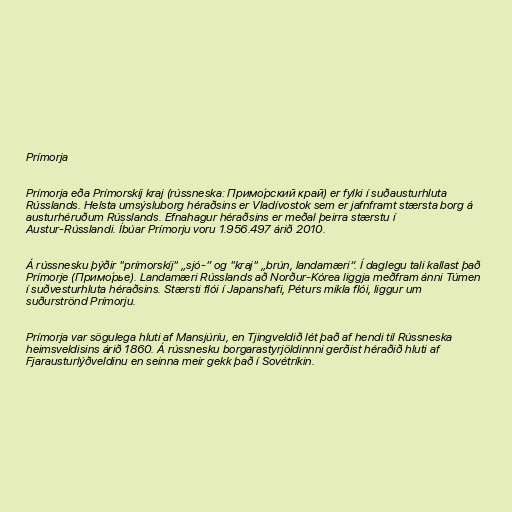
Prímorja

Prímorja eða Prímorskíj kraj (rússneska: Примо́рский край) er fylki í suðausturhluta
Rússlands. Helsta umsýsluborg héraðsins er Vladívostok sem er jafnframt stærsta borg á
austurhéruðum Rússlands. Efnahagur héraðsins er meðal þeirra stærstu í
Austur-Rússlandi. Íbúar Prímorju voru 1.956.497 árið 2010.

Á rússnesku þýðir "prímorskíj" „sjó-” og "kraj" „brún, landamæri“. Í daglegu tali kallast það
Prímorje (Примо́рье). Landamæri Rússlands að Norður-Kórea liggja meðfram ánni Túmen
í suðvesturhluta héraðsins. Stærsti flói í Japanshafi, Péturs mikla flói, liggur um
suðurströnd Prímorju.

Prímorja var sögulega hluti af Mansjúríu, en Tjingveldið lét það af hendi til Rússneska
heimsveldisins árið 1860. Á rússnesku borgarastyrjöldinnni gerðist héraðið hluti af
Fjarausturlýðveldinu en seinna meir gekk það í Sovétríkin.